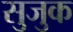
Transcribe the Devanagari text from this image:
सुजुक